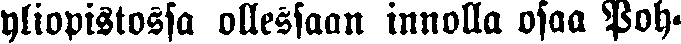
yliopistossa ollessaan innolla osaa Poh-